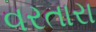
વરતારા